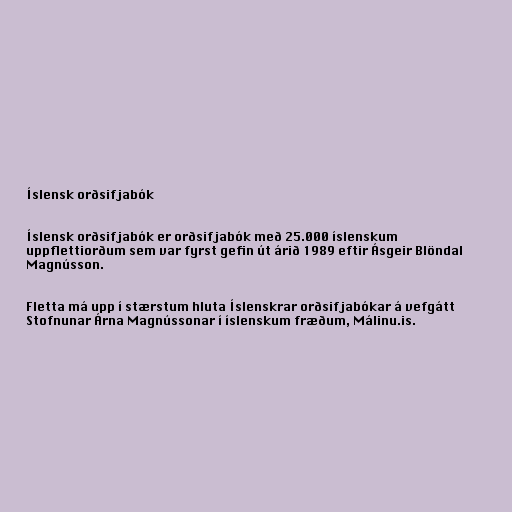
Íslensk orðsifjabók

Íslensk orðsifjabók er orðsifjabók með 25.000 íslenskum
uppflettiorðum sem var fyrst gefin út árið 1989 eftir Ásgeir Blöndal
Magnússon.

Fletta má upp í stærstum hluta Íslenskrar orðsifjabókar á vefgátt
Stofnunar Árna Magnússonar í íslenskum fræðum, Málinu.is.